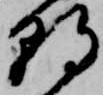
朝